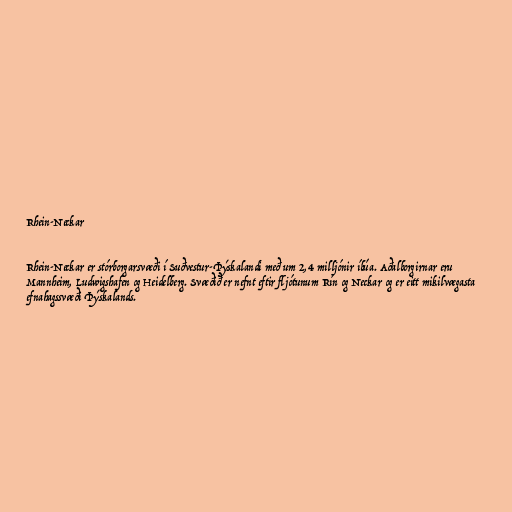
Rhein-Neckar

Rhein-Neckar er stórborgarsvæði í Suðvestur-Þýskalandi með um 2,4 milljónir íbúa. Aðalborgirnar eru
Mannheim, Ludwigshafen og Heidelberg. Svæðið er nefnt eftir fljótunum Rín og Neckar og er eitt mikilvægasta
efnahagssvæði Þýskalands.